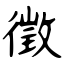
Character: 徵